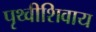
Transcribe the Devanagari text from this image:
पृथ्वीशिवाय